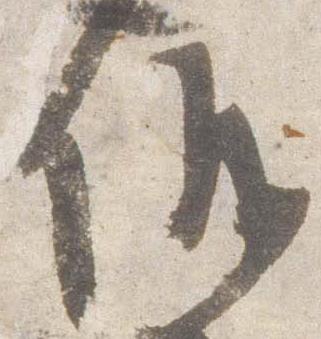
儀